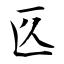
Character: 匛